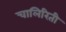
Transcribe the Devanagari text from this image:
चालिरिती